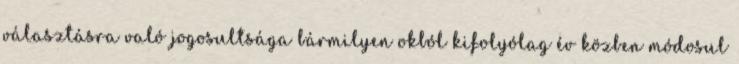
választásra való jogosultsága bármilyen okból kifolyólag év közben módosul